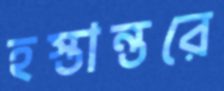
হস্তান্তরে